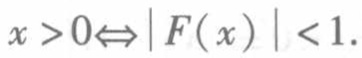
$x > 0\Leftrightarrow|F(x)| < 1.$